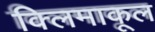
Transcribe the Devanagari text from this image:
क्लिमाकूल